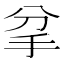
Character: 𢪘